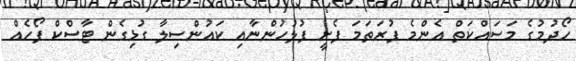
ހޯދުމުގެ މަސައްކަތް އެންމެ ފުރަތަމަ ފެށީ ފުލުހުންނާއި ކައުންސިލާ ގުޅިގެން ޓާސްކް ފޯހެއް